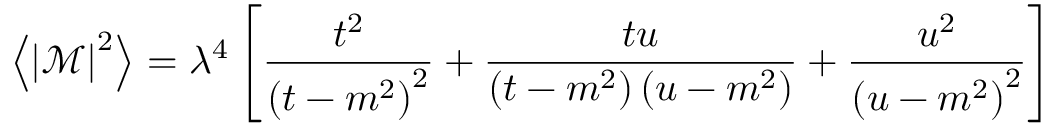
\left\langle \left\vert \mathcal { M } \right\vert ^ { 2 } \right\rangle = \lambda ^ { 4 } \left[ \frac { t ^ { 2 } } { \left( t - m ^ { 2 } \right) ^ { 2 } } + \frac { t u } { \left( t - m ^ { 2 } \right) \left( u - m ^ { 2 } \right) } + \frac { u ^ { 2 } } { \left( u - m ^ { 2 } \right) ^ { 2 } } \right]